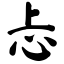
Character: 忐